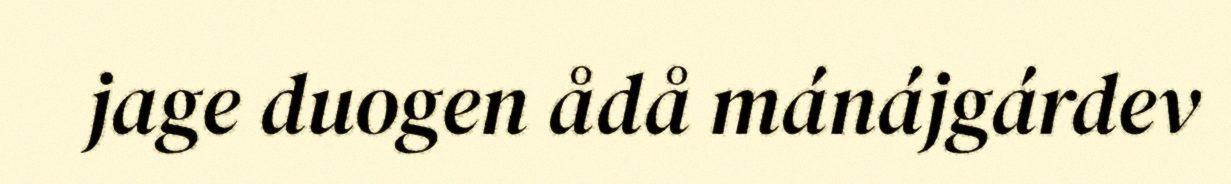
jage duogen ådå mánájgárdev